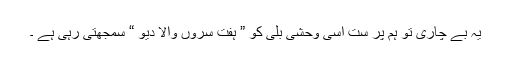
یہ بے چاری تو ہم پر ست اُسی وحشی بلی کو ” ہفت سروں والا دیو “ سمجھتی رہی ہے ۔